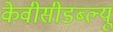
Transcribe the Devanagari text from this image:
केवीसीडब्ल्यू